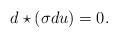
LaTeX: \begin{align*} d \star (\sigma d u) = 0.\end{align*}